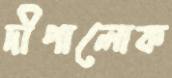
দীপালোক